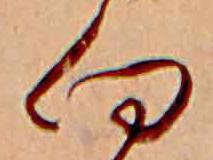
向